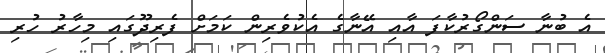
އެ ބުނާ ސަންގޯރުކާފަ އާއި އޭނާގެ އެކުވެރިން ކަމަށް ފެރިދޫގައި މިހާރު ހުރި